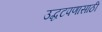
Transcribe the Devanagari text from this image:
उद्धटपणासाठी